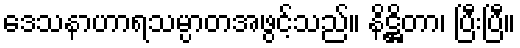
ဒေသနာဟာရသမ္ပာတအဖွင့်သည်။ နိဋ္ဌိတာ၊ ပြီးပြီ။